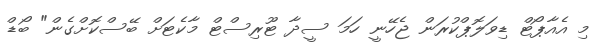
މި އެއާޕޯޓް ޑިވަލޮޕްކުރަން ޖެހޭނީ ހަމަ ސީދާ ޓޫރިސްޓް މާކެޓަށް ބޭސްކޮށްގެން" ބޯޑް